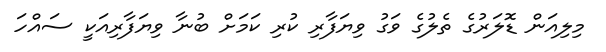
މިލިއަން ޑޮލަރުގެ ތެލުގެ ވަގު ވިޔަފާރި ކުރި ކަމަށް ބުނާ ވިޔަފާރިއަކީ ސައްހަ